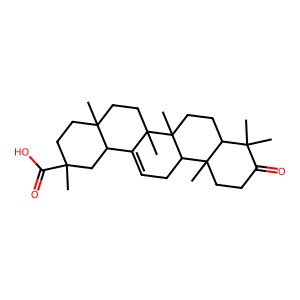
SMILES: CC1(C(=O)O)CCC2(C)CCC3(C)C(=CCC4C5(C)CCC(=O)C(C)(C)C5CCC43C)C2C1
Inhibits HIV replication: No